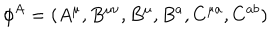
{ \phi } ^ { A } = ( A ^ { \mu } , B ^ { \mu \nu } , B ^ { \mu } , B ^ { a } , C ^ { \mu a } , C ^ { a b } )